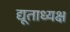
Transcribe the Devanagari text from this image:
द्यूताध्यक्ष